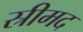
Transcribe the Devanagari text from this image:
स्रीमद